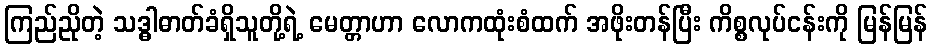
ကြည်ညိုတဲ့ သဒ္ဓါဓာတ်ခံရှိသူတို့ရဲ့ မေတ္တာဟာ လောကထုံးစံထက် အဖိုးတန်ပြီး ကိစ္စလုပ်ငန်းကို မြန်မြန်